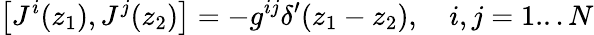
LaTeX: \left[J^{i}(z_{1}),J^{j}(z_{2})\right]=-g^{ij}\delta^{\prime}(z_{1}-z_{2}),\quad i,j=1...N